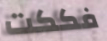
فككت